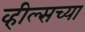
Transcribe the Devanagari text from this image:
व्हील्सच्या